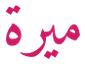
ميرة